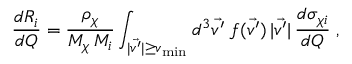
\frac { d R _ { i } } { d Q } = \frac { \rho _ { \chi } } { M _ { \chi } \, M _ { i } } \int _ { | \vec { v ^ { \prime } } | \geq v _ { \mathrm { { m i n } } } } d ^ { 3 } \vec { v ^ { \prime } } \; f ( \vec { v ^ { \prime } } ) \, | \vec { v ^ { \prime } } | \, \frac { d \sigma _ { \chi i } } { d Q } \; ,